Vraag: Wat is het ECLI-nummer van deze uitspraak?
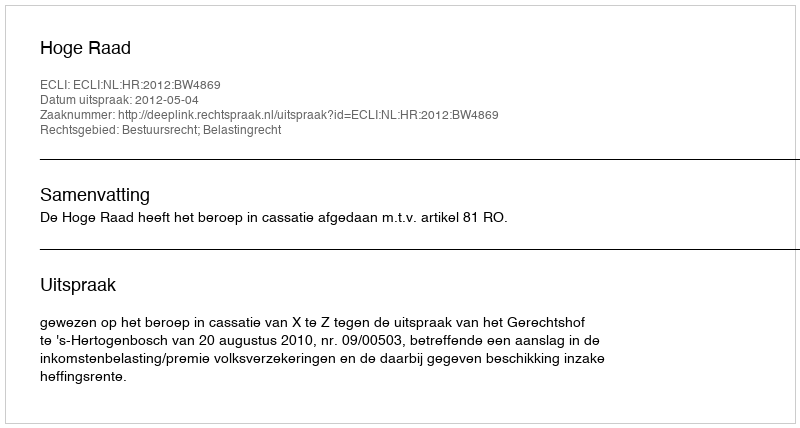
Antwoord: ECLI:NL:HR:2012:BW4869